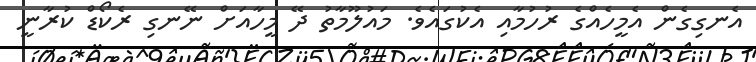
އެނގިގެން އެމީހެއްގެ ރުހުމާއި އެކުގައެވެ. މައުލޫމާތު ދޭ މީހާއަށް ނޭނގި ރެކޯޑް ކުރާނީ